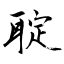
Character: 聢